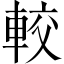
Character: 較